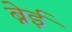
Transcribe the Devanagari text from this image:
ब्नेई